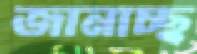
জানাচ্ছ